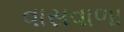
વાસવાળા